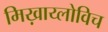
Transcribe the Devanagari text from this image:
मिख़ाय्लोविच